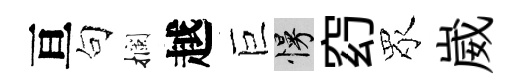
亘句攔越巨慢𥥆眾崴